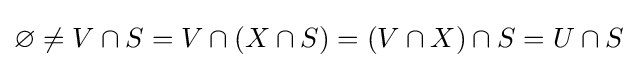
\varnothing \neq V\cap S=V\cap (X\cap S)=(V\cap X)\cap S=U\cap S